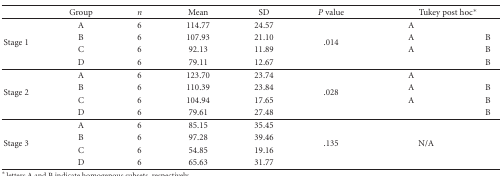
<table><thead><tr><td></td><td><b>Group</b></td><td><b><i>n</i></b></td><td><b>Mean</b></td><td><b>SD</b></td><td><b><i>P </i>value</b></td><td colspan="2"><b>Tukey post hoc*</b></td></tr></thead><tbody><tr><td rowspan="4">Stage 1</td><td>A</td><td>6</td><td>114.77</td><td>24.57</td><td rowspan="4">.014</td><td>A</td><td></td></tr><tr><td>B</td><td>6</td><td>107.93</td><td>21.10</td><td>A</td><td>B</td></tr><tr><td>C</td><td>6</td><td>92.13</td><td>11.89</td><td>A</td><td>B</td></tr><tr><td>D</td><td>6</td><td>79.11</td><td>12.67</td><td></td><td>B</td></tr><tr><td rowspan="4">Stage 2</td><td>A</td><td>6</td><td>123.70</td><td>23.74</td><td rowspan="4">.028</td><td>A</td><td></td></tr><tr><td>B</td><td>6</td><td>110.39</td><td>23.84</td><td>A</td><td>B</td></tr><tr><td>C</td><td>6</td><td>104.94</td><td>17.65</td><td>A</td><td>B</td></tr><tr><td>D</td><td>6</td><td>79.61</td><td>27.48</td><td></td><td>B</td></tr><tr><td rowspan="4">Stage 3</td><td>A</td><td>6</td><td>85.15</td><td>35.45</td><td rowspan="4">.135</td><td rowspan="4">N/A</td></tr><tr><td>B</td><td>6</td><td>97.28</td><td>39.46</td></tr><tr><td>C</td><td>6</td><td>54.85</td><td>19.16</td></tr><tr><td>D</td><td>6</td><td>65.63</td><td>31.77</td></tr></tbody></table>